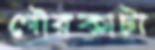
গৌরকাটা